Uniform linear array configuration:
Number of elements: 24
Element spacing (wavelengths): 0.5
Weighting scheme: cosine
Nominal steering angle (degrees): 30
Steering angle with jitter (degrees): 30.828
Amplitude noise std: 0.05
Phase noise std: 0.05

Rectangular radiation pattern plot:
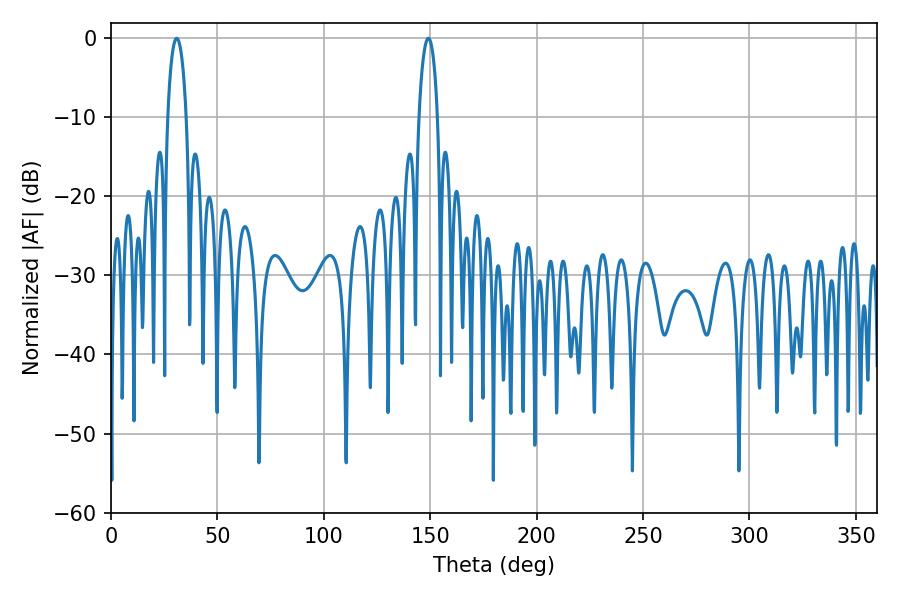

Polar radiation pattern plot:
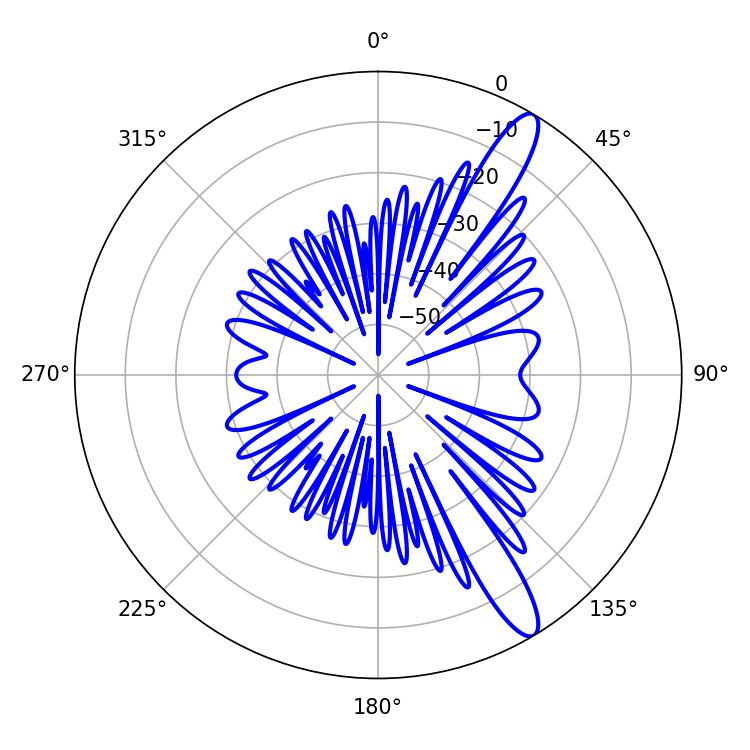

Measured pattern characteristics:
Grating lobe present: FALSE
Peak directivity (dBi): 13.006
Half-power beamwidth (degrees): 5.04
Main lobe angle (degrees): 30.96